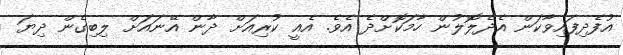
އުފެދިފައިވާކަން އެދެލޮލުން ހާމަކޮށްދެ އެވެ. އެއީ ކުރިއަށް ދާން އޭނައަށް ލިބިގެން ދިޔަ